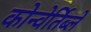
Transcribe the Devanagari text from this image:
कोन्वेर्तिब्ले